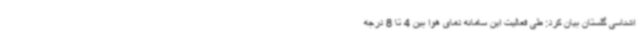
اشناسی گلستان بیان کرد: طی فعالیت این سامانه دمای هوا بین 4 تا 8 درجه